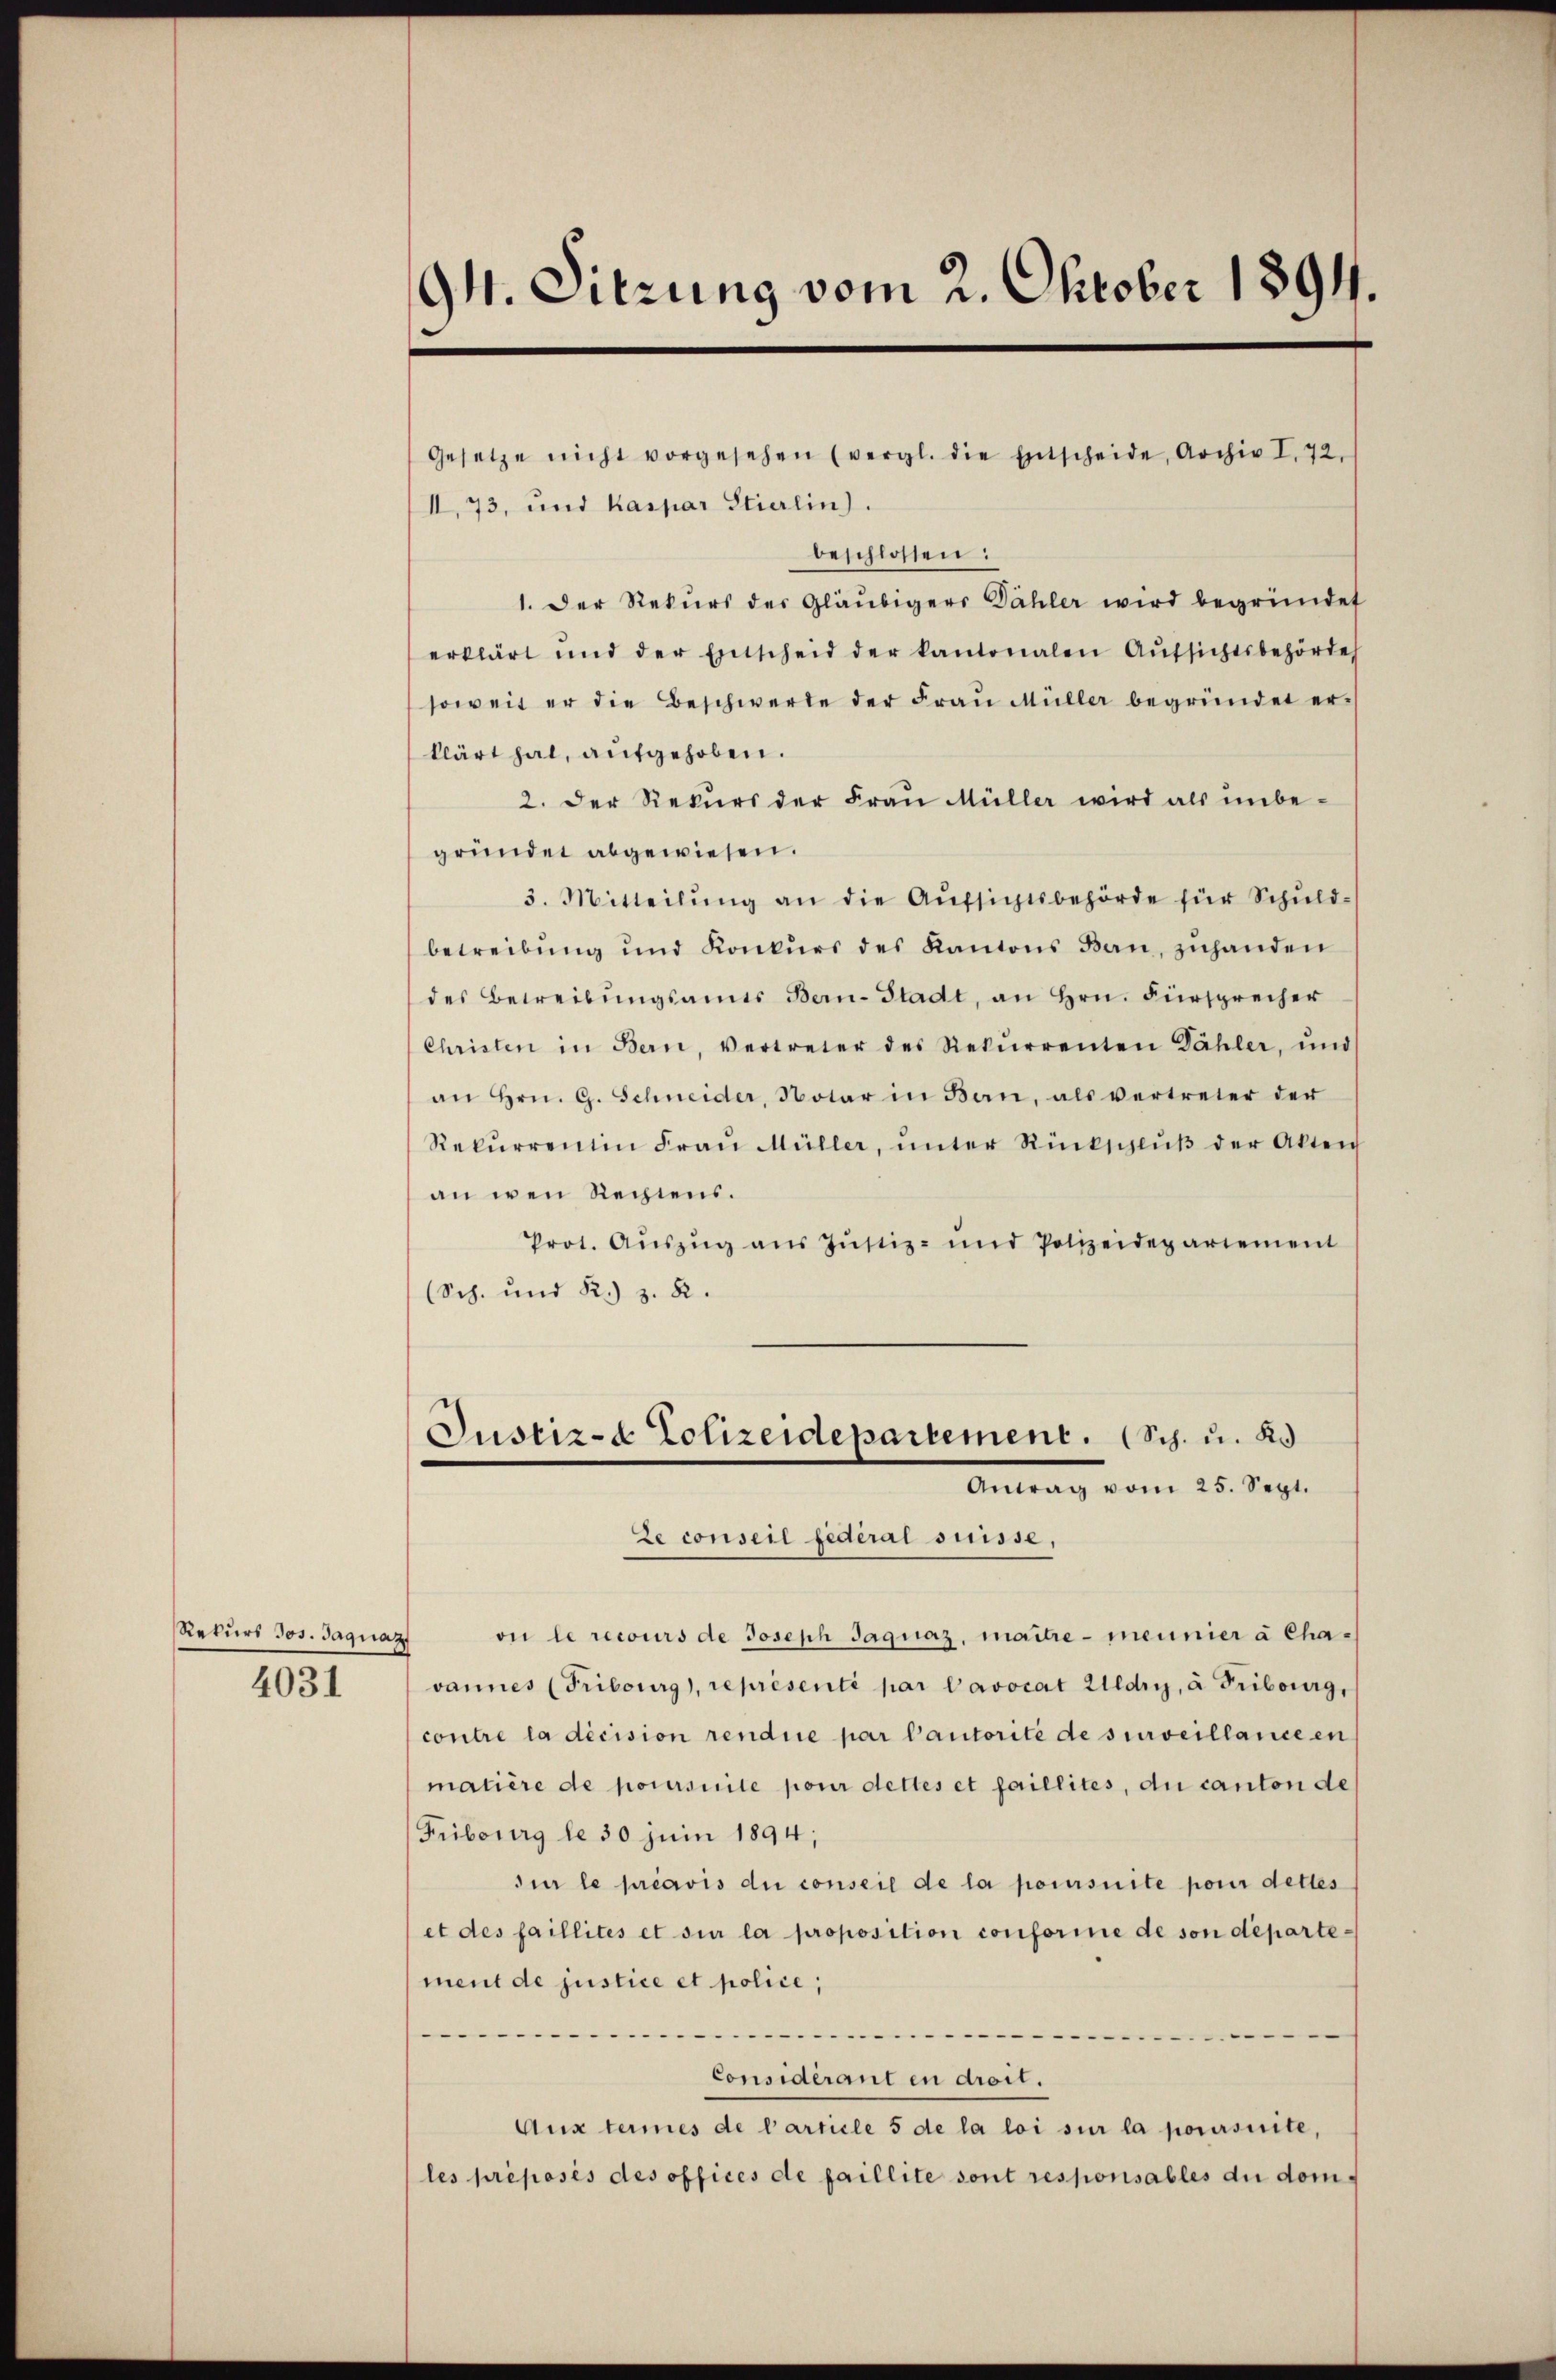
Rekurs Jos. Jaquaz

4031

94. Sitzung vom 2. Oktober 1894.

Gesetze nicht vorgesehen (vergl. die Entscheide, Archiv I, 72,
II,73, und Kaspar Stierlin.
beschlossen:
1. Der Rekurs des Gläubigers Dähler wird begründet
erklärt und der Entscheid der kantonalen Aŭfsichtsbehörde
soweit er die Beschwerte der Fraŭ Müller begründet er-
klärt hat, aufgehoben.
2. Der Rekurs der Frau Müller wird als unbegründet abgewiesen.
3. Mitteilŭng an die Aŭfsichtsbehörde für Schuld-
betreibŭng und Konkŭrs des Kantons Bau, zuhanden
des Betreibŭngsamts Bern-Stadt, an Hrn. Fürsprecher
Christen in Bern, vertreter des Rekŭrrenten Dähler, und
an Hrn. G. Schneider, Notar in Ban, als vertreter der
Rekŭrrentin Frau Müller, ŭnter Rückschlŭβ der Akten
an wen Rechtens.
Prot. Aŭszŭg aŭs Jŭstiz- und Polizeidepartement
(Sch. und R.) z. B.
Justiz- & Polizeidepartement. (Sch. u. 25
Antrag vom 25. Sept.
Le conseil Federal suisse,
on le recours de Joseph Jaquaz, maitre - meiner à Chavannes (Fribourg, représenti par Cavocat Uldry, à Fribourg,
contre la décision rendire par Cautorité de surveillarice en
matière de poursuite pour dettes et faillites, du canton de
Fribours de 30 juni 1894;
dier le préavis du conseil de la poursuite pour dettes
et des faillités et sur la proposition conforme de son departement de justice et police,
............
Considérant in droit.
Aux termes de l’article 5 de la loi sur la poursuite,
les préposés des offices de faillite sont responsables du dom